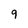
Character: 9